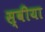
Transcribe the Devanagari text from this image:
स्वीया